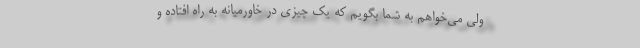
ولی می‌خواهم به شما بگویم که یک چیزی در خاورمیانه به راه افتاده و